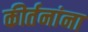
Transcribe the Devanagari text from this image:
कीर्तनांना